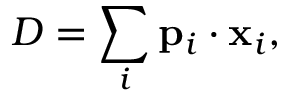
D = \sum _ { i } { \bf p } _ { i } \cdot { \bf x } _ { i } ,